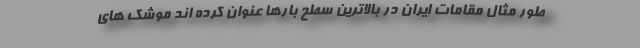
طور مثال مقامات ایران در بالاترین سطح بارها عنوان کرده اند موشک های